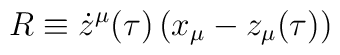
R \equiv \dot{z}^{\mu}(\tau) \, (x_{\mu}-z_{\mu}(\tau))